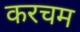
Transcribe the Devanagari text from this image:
करचम